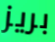
بريز